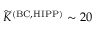
\widetilde { K } ^ { \mathrm { ( B C , H I P P ) } } \sim 2 0